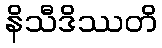
နိသီဒိဿတိ